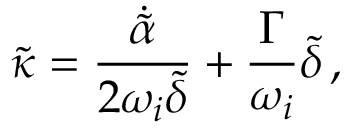
\tilde { \kappa } = \frac { \dot { \tilde { \alpha } } } { 2 \omega _ { i } \tilde { \delta } } + \frac { \Gamma } { \omega _ { i } } \tilde { \delta } \, ,